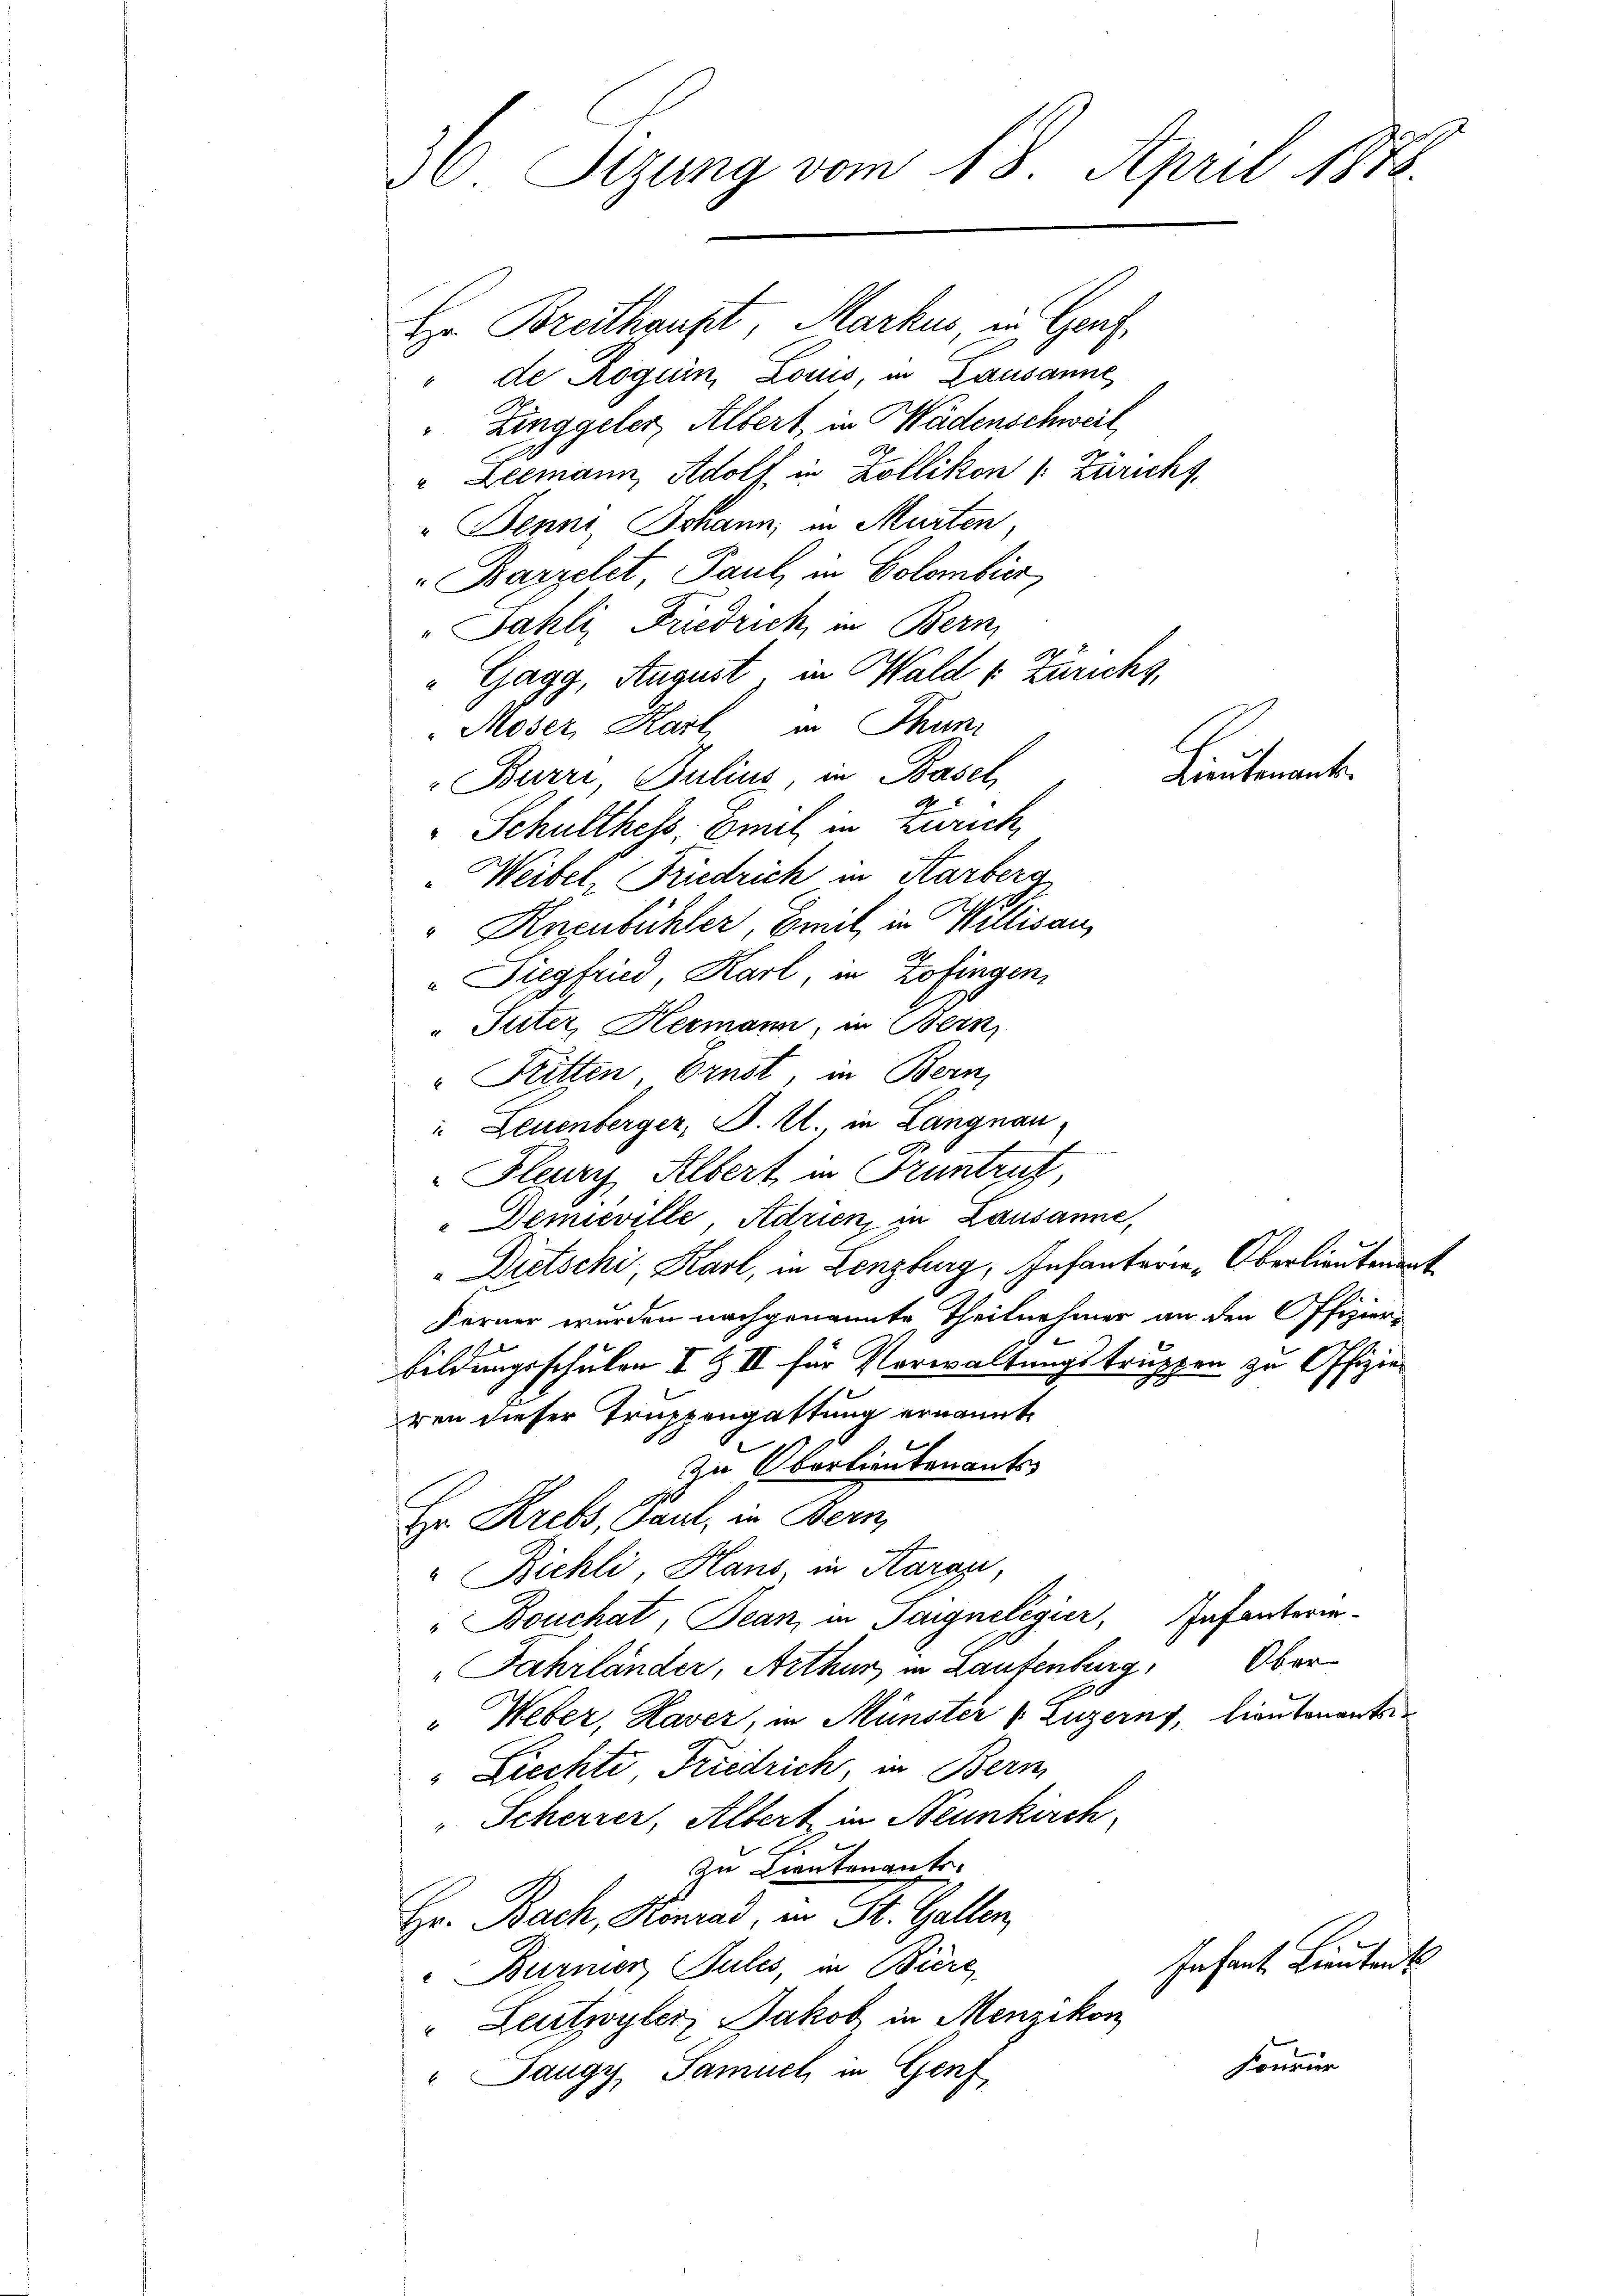
36. Seizung vom 18. April 1888.

Hr Breithaust, Markus in Genf
" de Roguin, Louis, in Lausanne,
Zinggeler, Albert, in Wädenschweil,
" Leemann, Adolf in Zollikon (: Züricht
" Denni, Johann, in Murten
Barzelet Paul, in Colombier,
"Sahli, Friedrich, in Bern
Gagg, August, in Wald u Züricht,
Moser, Karl in Thuni
"Burri, Julius, in Basel,
Schulthess, Emil in Zürich,
Weibel, Friedrich in Karbera
" Anzubühler, Beil, in Willisau,
" Siegfried, Karl, in Zofingen,
Suter, Hermann, in Bern,
"Britten Ernst, in Bern,
" Leuenberger, P. M., in Langnau,
Fleury, Albert in Truntruf,
Demieville, Adrien, in Lausanne,
Dietschi, Karl, in Lenzburg, Infanterie-Oberlieutenant
Ferner wurden nachgenannte Theilnehmer an den Offizier-
bildungsschulen I & II für Vorwaltungstruppen zu Offizier
ren dieser Truppengattung ernannt,
zu Oberlieutenants
Hr. Krebs, Paul, in Bern
" Bichli Haus, in Karaz,
"Bouchat, Jean, in Saignelegier, Infanterie-
Jahrländer, Arthur in Lautenburg, Ober
" Weber, Haver, in Münster (Luzerns, lieutenants¬
"Liechte, Friedrich, in Bern
Scherrer, Albert in Neunkirch
zu Lieutenants.
Hr. Bach, Konrad, in St. Gallen,
Infant. Lieutent
Burner Julis, in Biere,
" Letzyler, Jakob in Menzikon
Fourir
" Saugy, Samuel in Genf

Lieutenant.